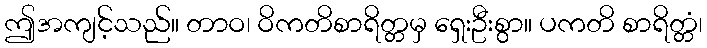
ဤအကျင့်သည်။ တာဝ၊ ဝိကတိစာရိတ္တမှ ရှေးဦးစွာ။ ပကတိ စာရိတ္တံ၊